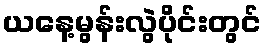
ယနေ့မွန်းလွဲပိုင်းတွင်